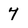
Character: 7